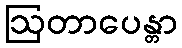
ဩတာပေန္တာ